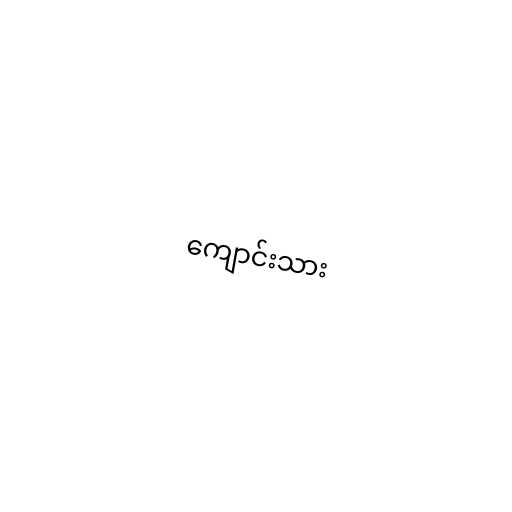
ကျောင်းသား